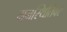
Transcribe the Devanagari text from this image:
मनस्थितिवर